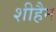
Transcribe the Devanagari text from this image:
शीहैन